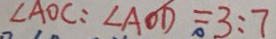
\angle A O C : \angle A O D = 3 : 7